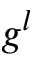
g ^ { l }